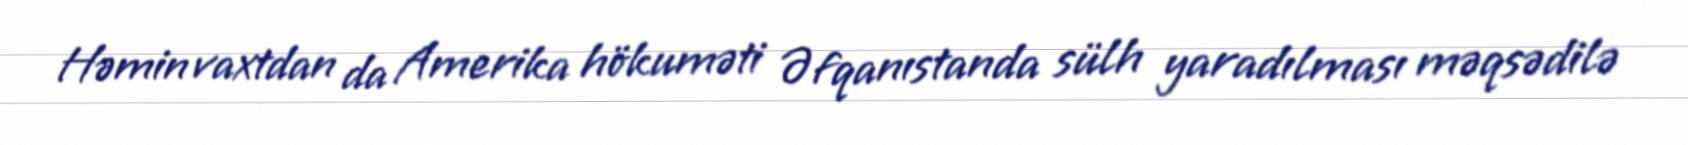
Həmin vaxtdan da Amerika hökuməti Əfqanıstanda sülh yaradılması məqsədilə